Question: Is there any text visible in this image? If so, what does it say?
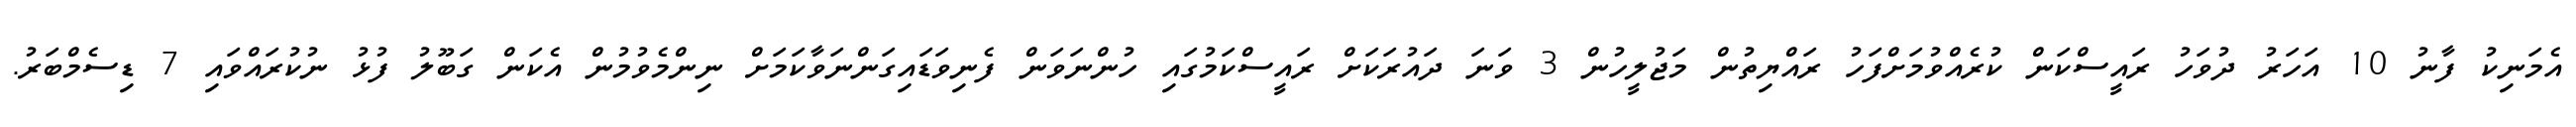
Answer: އެމަނިކު ފާނު 10 އަހަރު ދުވަހު ރައީސްކަން ކުރެއްވުމަށްފަހު ރައްޔިތުން މަޖުލީހުން 3 ވަނަ ދައުރަކަށް ރައީސްކަމުގައި ހުންނަވަން ފެނިވަޑައިގަންނަވާކަމަށް ނިންމެވުމުން އެކަން ގަބޫލު ފުޅު ނުކުރައްވައި 7 ޑިސެމްބަރު.